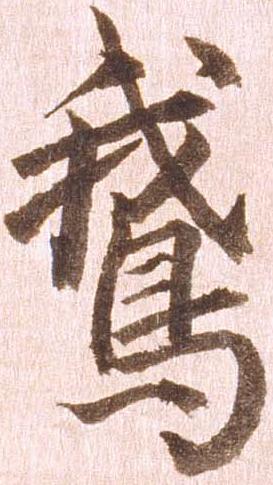
鵞